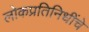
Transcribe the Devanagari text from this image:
लोकप्रतिनिधींचे